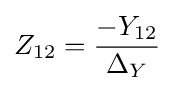
Z_{12}={-Y_{12} \over \Delta _{Y}}